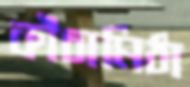
কাঁচামিঠা